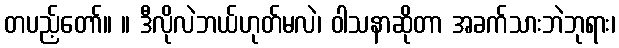
တပည့်တော်။ ။ ဒီလိုလဲဘယ်ဟုတ်မလဲ၊ ဝါသနာဆိုတာ အခက်သားဘဲဘုရား၊